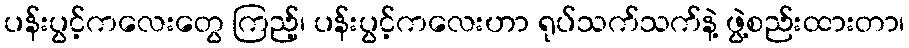
ပန်းပွင့်ကလေးတွေ ကြည့်၊ ပန်းပွင့်ကလေးဟာ ရုပ်သက်သက်နဲ့ ဖွဲ့စည်းထားတာ၊